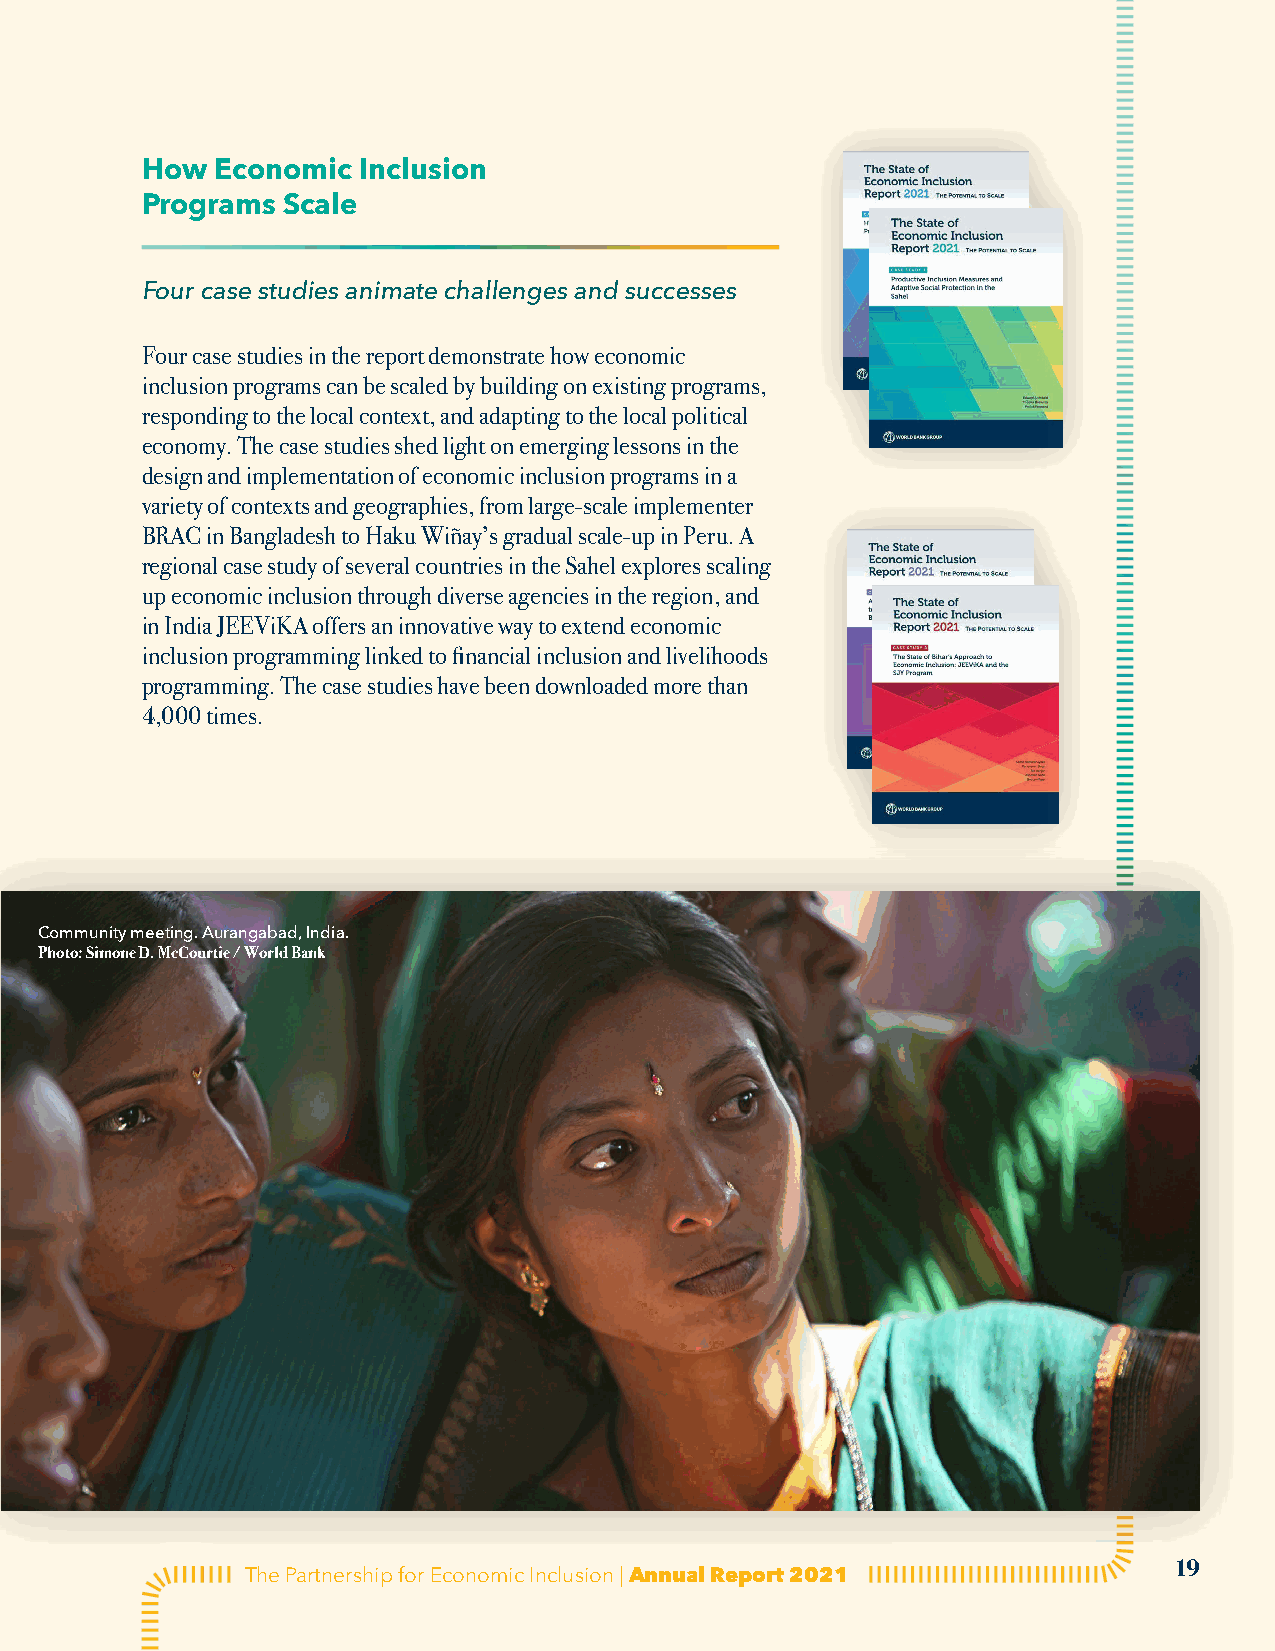
How  Economic  Inclusion
 Programs  Scale
 Four case studies animate challenges and successes
 Four case studies in the report demonstrate how economic
 inclusion programs can be scaled by building on existing programs,
 responding to the local context, and adapting to the local political
 economy. The case studies shed light on emerging lessons in the
 design and implementation of economic inclusion programs in a
 variety of contexts and geographies, from large-scale implementer
 BRAC in Bangladesh to Haku Wiñay’s gradual scale-up in Peru. A
 regional case study of several countries in the Sahel explores scaling
 up economic inclusion through diverse agencies in the region, and
 in India JEEViKA offers an innovative way to extend economic
 inclusion programming linked to financial inclusion and livelihoods
 programming. The case studies have been downloaded more than
 4,000 times.
 Community meeting. Aurangabad, India.
 Photo: Simone D. McCourtie / World Bank
 19
 The Partnership for Economic Inclusion | Annual Report 2021